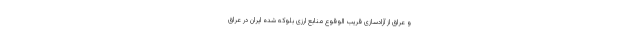
و عراق از آزادسازی قریب الوقوع منابع ارزی بلوکه شده ایران در عراق